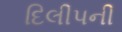
દિલીપની